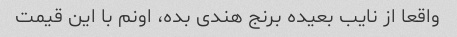
واقعا از نایب بعیده برنج هندی بده، اونم با این قیمت